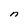
Character: n